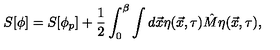
S [ \phi ] = S [ \phi _ { p } ] + \frac { 1 } { 2 } \int _ { 0 } ^ { \beta } \int d \vec { x } \eta ( \vec { x } , \tau ) \hat { M } \eta ( \vec { x } , \tau ) ,